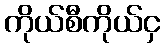
ကိုယ်စီကိုယ်ငှ